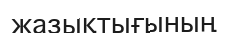
жазықтығының